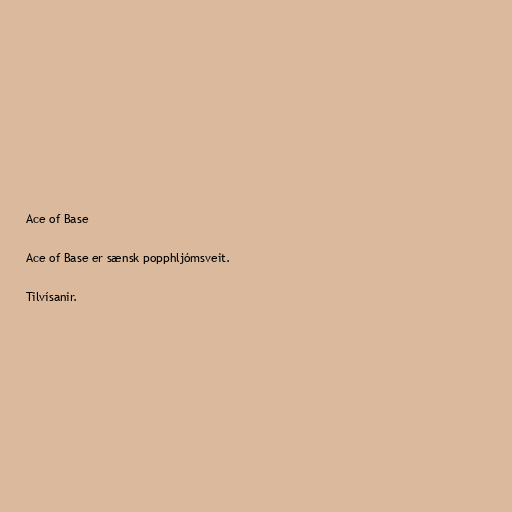
Ace of Base

Ace of Base er sænsk popphljómsveit.

Tilvísanir.